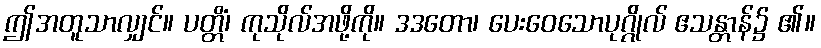
ဤအတူသာလျှင်။ ပတ္တိံ၊ ကုသိုလ်အဖို့ကို။ ဒဒတော၊ ပေးဝေသောပုဂ္ဂိုလ် ဧသန္တာန်၌ ၏။